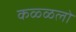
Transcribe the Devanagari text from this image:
कळ्ळलो